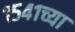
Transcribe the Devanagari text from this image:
१५४१च्या